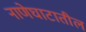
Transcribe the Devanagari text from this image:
नाणेघाटातील